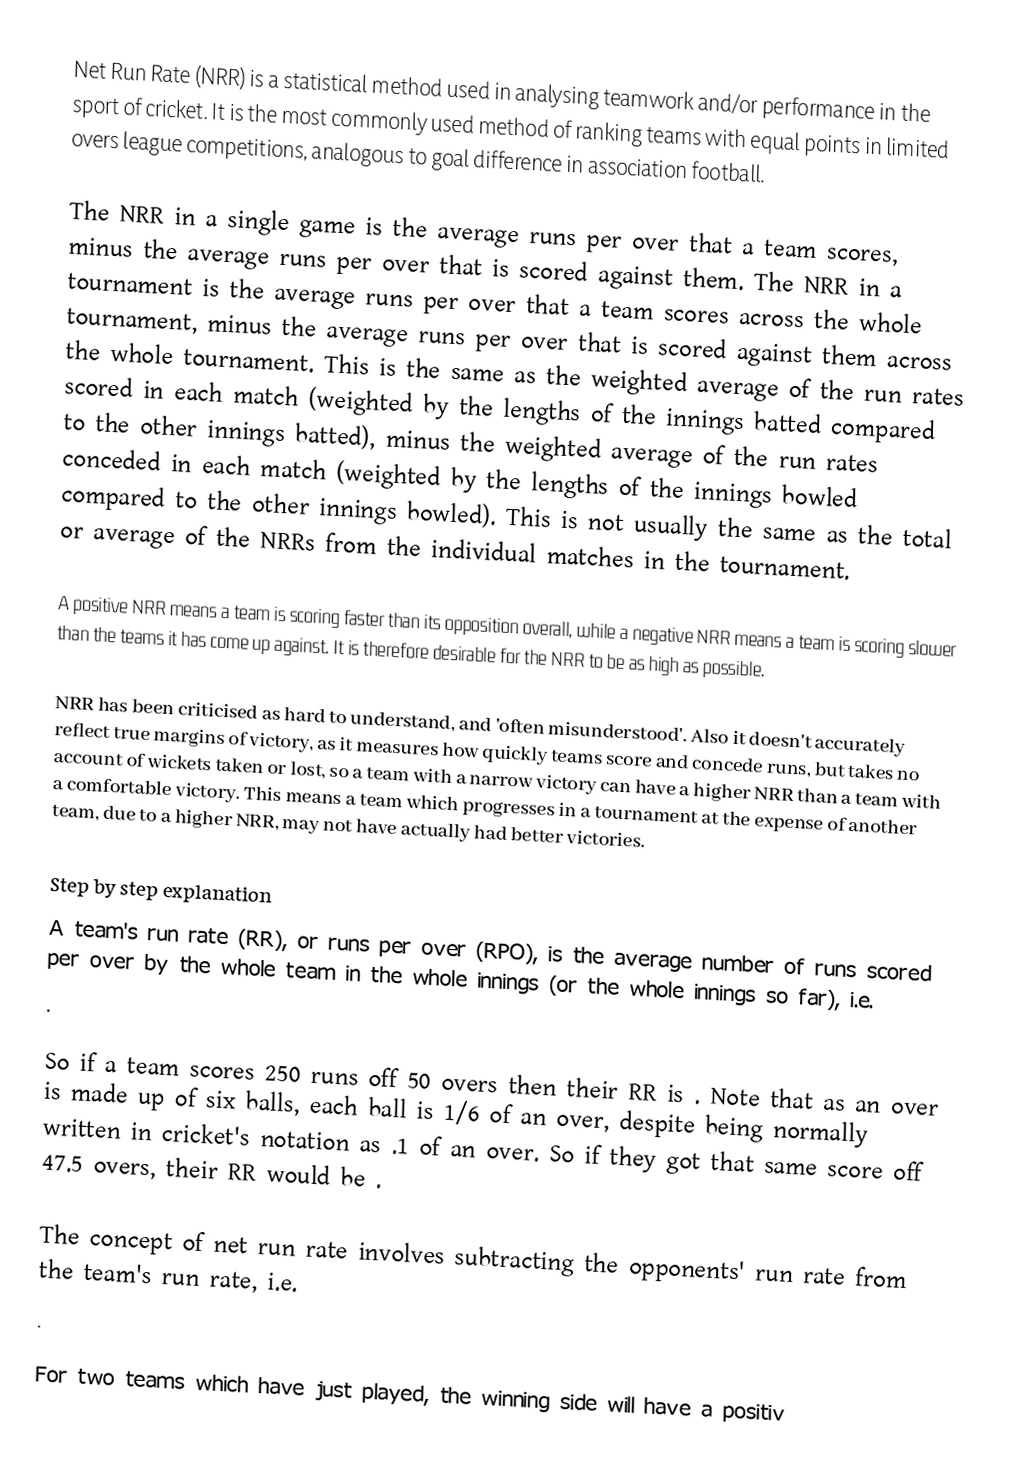
Net Run Rate (NRR) is a statistical method used in analysing teamwork and/or performance in the sport of cricket. It is the most commonly used method of ranking teams with equal points in limited overs league competitions, analogous to goal difference in association football.

The NRR in a single game is the average runs per over that a team scores, minus the average runs per over that is scored against them. The NRR in a tournament is the average runs per over that a team scores across the whole tournament, minus the average runs per over that is scored against them across the whole tournament. This is the same as the weighted average of the run rates scored in each match (weighted by the lengths of the innings batted compared to the other innings batted), minus the weighted average of the run rates conceded in each match (weighted by the lengths of the innings bowled compared to the other innings bowled). This is not usually the same as the total or average of the NRRs from the individual matches in the tournament.

A positive NRR means a team is scoring faster than its opposition overall, while a negative NRR means a team is scoring slower than the teams it has come up against. It is therefore desirable for the NRR to be as high as possible.

NRR has been criticised as hard to understand, and 'often misunderstood'. Also it doesn't accurately reflect true margins of victory, as it measures how quickly teams score and concede runs, but takes no account of wickets taken or lost, so a team with a narrow victory can have a higher NRR than a team with a comfortable victory. This means a team which progresses in a tournament at the expense of another team, due to a higher NRR, may not have actually had better victories.

Step by step explanation
A team's run rate (RR), or runs per over (RPO), is the average number of runs scored per over by the whole team in the whole innings (or the whole innings so far), i.e.
.

So if a team scores 250 runs off 50 overs then their RR is . Note that as an over is made up of six balls, each ball is 1/6 of an over, despite being normally written in cricket's notation as .1 of an over. So if they got that same score off 47.5 overs, their RR would be .

The concept of net run rate involves subtracting the opponents' run rate from the team's run rate, i.e.
.

For two teams which have just played, the winning side will have a positiv